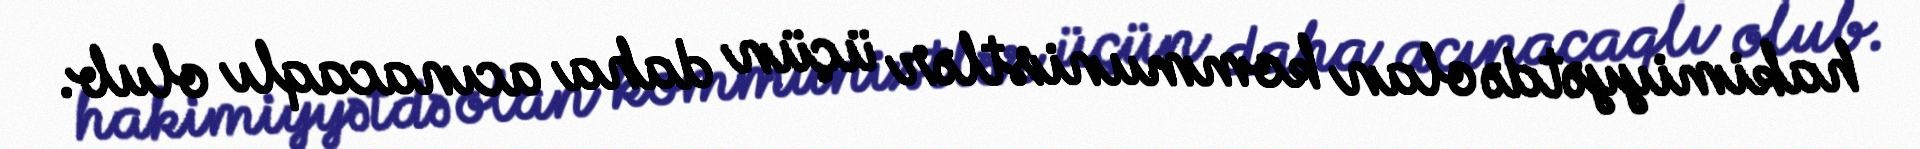
hakimiyyətdə olan kommunistlər üçün daha acınacaqlı olub.